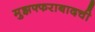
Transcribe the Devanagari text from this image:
मुझफ्फराबादची